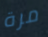
مرة